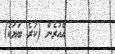
އެއުރެން (ކުރެ ބަޔަކު)